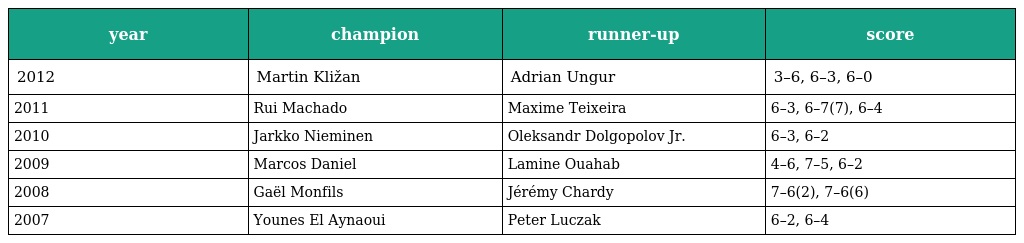
| year | champion | runner-up | score |
 | --- | --- | --- | --- |
 | 2012 | Martin Kližan | Adrian Ungur | 3–6, 6–3, 6–0 |
 | 2011 | Rui Machado | Maxime Teixeira | 6–3, 6–7(7), 6–4 |
 | 2010 | Jarkko Nieminen | Oleksandr Dolgopolov Jr. | 6–3, 6–2 |
 | 2009 | Marcos Daniel | Lamine Ouahab | 4–6, 7–5, 6–2 |
 | 2008 | Gaël Monfils | Jérémy Chardy | 7–6(2), 7–6(6) |
 | 2007 | Younes El Aynaoui | Peter Luczak | 6–2, 6–4 |